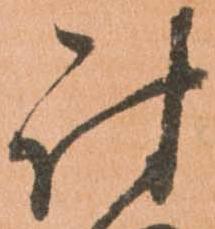
討